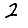
Digit: 2